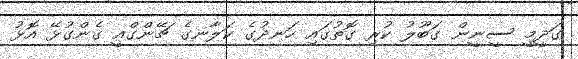
ގަދީމީ ސީނީން ގަބޫލު ކުރި ގޮތުގައި ހަނދުގެ ކަލާނގެ ޗޭންގްއީ ގެންގުޅޭ އޮޅު